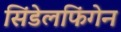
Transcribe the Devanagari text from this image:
सिंडेलफिंगेन